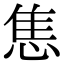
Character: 𢛧